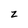
Character: z